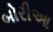
બોરીઆ